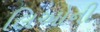
લિઓની